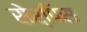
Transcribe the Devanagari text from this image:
सेर्पिस